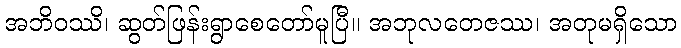
အဘိဝဿိ၊ ဆွတ်ဖြန်းရွာစေတော်မူပြီ။ အဘုလတေဇဿ၊ အတုမရှိသော